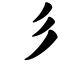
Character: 彡